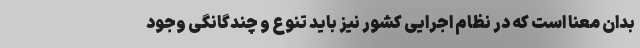
بدان معنا است که در نظام اجرایی کشور نیز باید تنوع و چندگانگی وجود